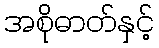
အစိုဓာတ်နှင့်